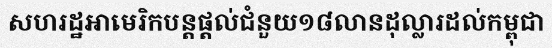
សហរដ្ឋអាមេរិកបន្តផ្តល់ជំនួយ១៨លានដុល្លារដល់កម្ពុជា